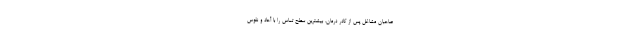
صاحبان مشاغل پس از کادر درمان، بیشترین سطح تماس را با آحاد و نفوس